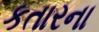
કતારના